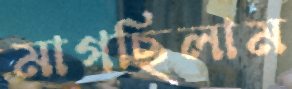
মাগছিলাম